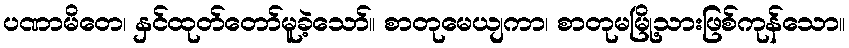
ပဏာမိတေ၊ နှင်ထုတ်တော်မူခဲ့သော်။ စာတုမေယျကာ၊ စာတုမမြို့သားဖြစ်ကုန်သော။